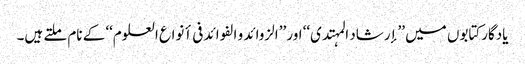
یادگارکتابوں میں ’’إرشاد المہتدی‘‘ اور ’’الزوائد و الفوائد فی أنواع العلوم‘‘ کے نام ملتے ہیں۔